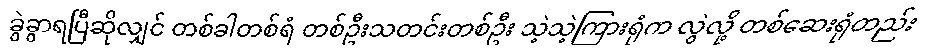
ခွဲခွာရပြီဆိုလျှင် တစ်ခါတစ်ရံ တစ်ဦးသတင်းတစ်ဦး သဲ့သဲ့ကြားရုံက လွဲလို့ တစ်ဆေးရုံတည်း